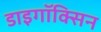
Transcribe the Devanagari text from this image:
डाइगॉक्सिन